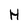
Character: H